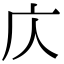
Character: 庂